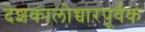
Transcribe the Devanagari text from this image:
देशकालोच्चारपूर्वक